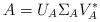
LaTeX: \begin{align*}A = U_A \Sigma_A V_A^*\end{align*}